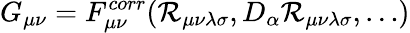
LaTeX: G_{\mu\nu}=F_{\mu\nu}^{corr}(\mathcal{R}_{\mu\nu\lambda\sigma},D_{\alpha}\mathcal{R}_{\mu\nu\lambda\sigma},\dots)